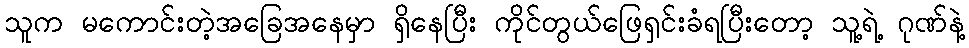
သူက မကောင်းတဲ့အခြေအနေမှာ ရှိနေပြီး ကိုင်တွယ်ဖြေရှင်းခံရပြီးတော့ သူ့ရဲ့ ဂုဏ်နဲ့